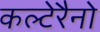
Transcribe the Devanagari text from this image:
कल्टेरैनो